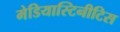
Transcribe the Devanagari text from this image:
मेडियास्टिनीटिस